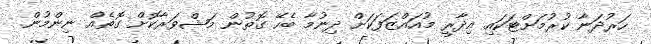
ހަރުދަނާ ކުރުމަށްޓަކައި އިދާރީ މުއައްޒަފަކަށް ދިނުމާ ބެހޭ ގޮތުން މަޝްވަރާކޮށް ގޮތެއް ނިންމުން.